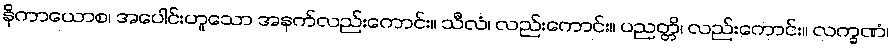
နိကာယောစ၊ အပေါင်းဟူသော အနက်လည်းကောင်း။ သီလံ၊ လည်းကောင်း။ ပညတ္တိ၊ လည်းကောင်း။ လက္ခဏံ၊